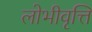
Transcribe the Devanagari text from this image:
लोभीवृत्ति